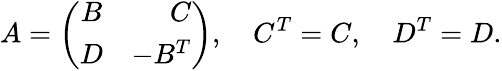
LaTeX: A=\left(\begin{array}{crc}{{B}}&{{C}}\\ {{D}}&{{-B^{T}}}\end{array}\right),\quad C^{T}=C,\quad D^{T}=D.